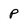
Character: P